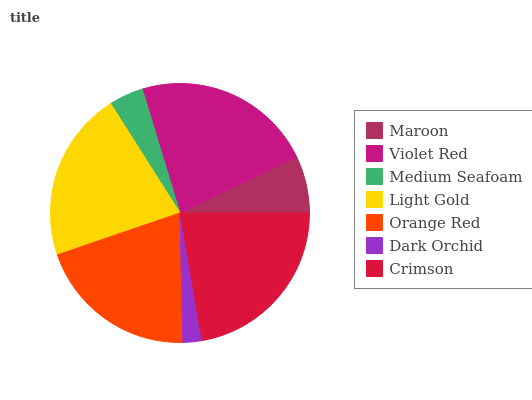
| Maroon | Violet Red | Medium Seafoam | Light Gold | Orange Red | Dark Orchid | Crimson |
 | --- | --- | --- | --- | --- | --- | --- |
 | 7.11% | 22.6% | 4.3% | 21.2% | 20.1% | 2.37% | 22.3% |